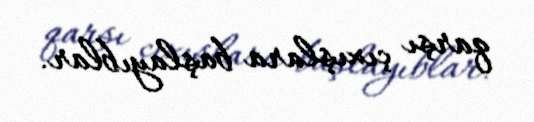
qarşı çıxışlara başlayıblar.